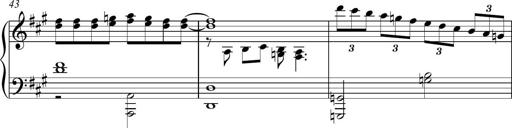
Title: Piano Sonatina in A major
Composer: Z Q Sysmoebius
Key: A major